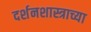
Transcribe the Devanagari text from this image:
दर्शनशास्त्राच्या